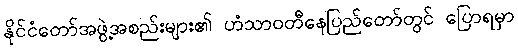
နိုင်ငံတော်အဖွဲ့အစည်းများ၏ ဟံသာဝတီနေပြည်တော်တွင် ပြောရမှာ